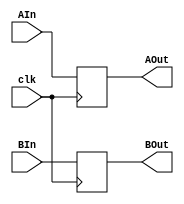
`timescale 1ns / 1ps
// Non-architectural Register
module ABR(
    input clk,
    input [31:0] AIn,
    input [31:0] BIn,
    output reg [31:0] AOut,
    output reg [31:0] BOut
    );
    
    always@(posedge clk)begin
        AOut <= AIn;
        BOut <= BIn;
    end
endmodule